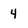
Character: 4